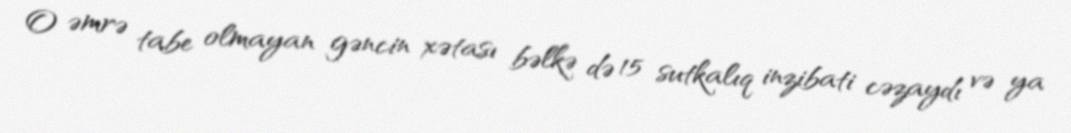
O əmrə tabe olmayan gəncin xətası bəlkə də 15 sutkalıq inzibati cəzaydı və ya